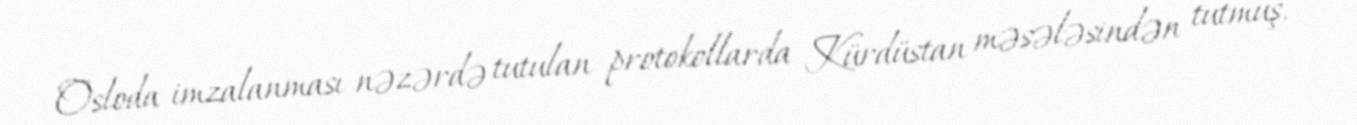
Osloda imzalanması nəzərdə tutulan protokollarda Kürdüstan məsələsindən tutmuş,